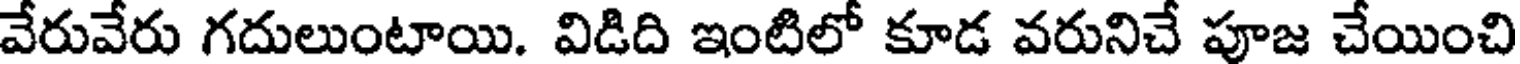
వేరువేరు గదులుంటాయి. విడిది ఇంటిలో కూడ వరునిచే పూజ చేయించి